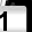
Digit: 1